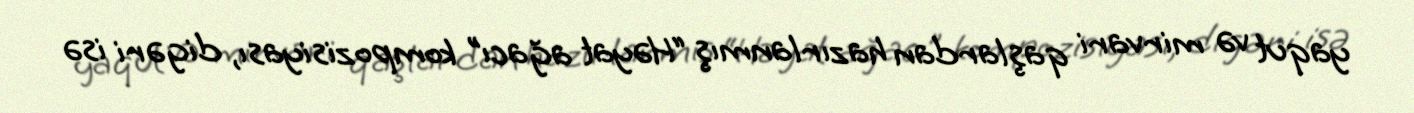
yaqut və mirvari qaşlardan hazırlanmış “Həyat ağacı” kompozisiyası, digəri isə